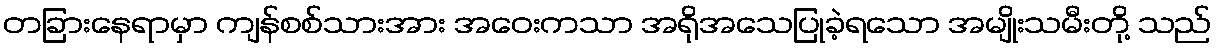
တခြားနေရာမှာ ကျန်စစ်သားအား အဝေးကသာ အရိုအသေပြုခဲ့ရသော အမျိုးသမီးတို့ သည်